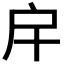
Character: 𢨦